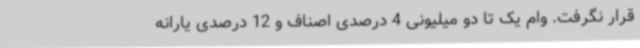
قرار نگرفت. وام یک تا دو میلیونی 4 درصدی اصناف و 12 درصدی یارانه